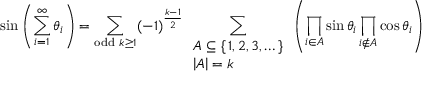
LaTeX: \sin \left( \sum _ { i = 1 } ^ { \infty } \theta _ { i } \right) = \sum _ { { \mathrm { o d d } } \ k \geq 1 } ( - 1 ) ^ { \frac { k - 1 } { 2 } } \sum _ { \begin{array} { l } { A \subseteq \{ \, 1 , 2 , 3 , \dots \, \} } \\ { \left| A \right| = k } \end{array} } \left( \prod _ { i \in A } \sin \theta _ { i } \prod _ { i \not \in A } \cos \theta _ { i } \right)